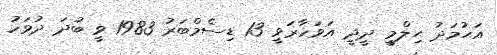
އަޙުމަދު ޙިލްމީ ދީދީ އަވަހާރަވީ 13 ޑިސެމްބަރު 1983 ވީ ބުދަ ދުވަހު